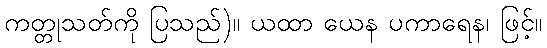
ကတ္တုသတ်ကို ပြသည်)။ ယထာ ယေန ပကာရေန၊ ဖြင့်။